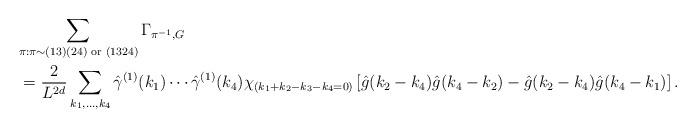
LaTeX: \begin{align*} & \sum_{\pi: \pi \sim (13)(24) \textnormal{ or } (1324)} \Gamma_{\pi^{-1},G} \\ & \, = \frac{2}{L^{2d}} \sum_{k_1,\ldots,k_4} \hat \gamma^{(1)}(k_1) \cdots \hat \gamma^{(1)}(k_4) \chi_{(k_1+k_2-k_3-k_4=0)} \left[ \hat g(k_2 -k_4) \hat g(k_4-k_2) - \hat g(k_2-k_4) \hat g(k_4-k_1) \right].\end{align*}